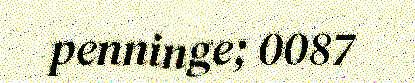
penninge; 0087